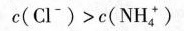
$$c ( C l ^ { - } ) > c ( N H _ { 4 } ^ { + } )$$